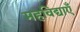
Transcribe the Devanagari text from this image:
महविद्याएँ